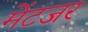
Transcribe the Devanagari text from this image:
मेंटजर